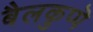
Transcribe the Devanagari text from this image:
बैलकुप्पॆ